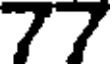
77